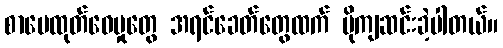
စာပေထုတ်ဝေမှုတွေ အရင်ခေတ်တွေထက် ပိုကျဆင်းခဲ့ပါတယ်။